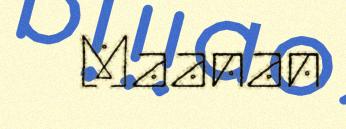
Maanan